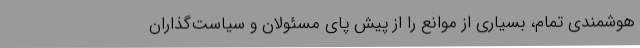
هوشمندی تمام، بسیاری از موانع را از پیش پای مسئولان و سیاست‌گذاران